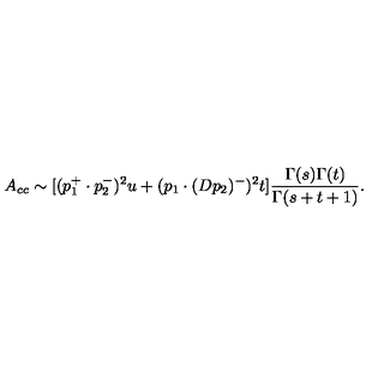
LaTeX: A _ { c c } \sim [ ( p _ { 1 } ^ { + } \cdot p _ { 2 } ^ { - } ) ^ { 2 } u + ( p _ { 1 } \cdot ( D p _ { 2 } ) ^ { - } ) ^ { 2 } t ] \frac { \Gamma ( s ) \Gamma ( t ) } { \Gamma ( s + t + 1 ) } .